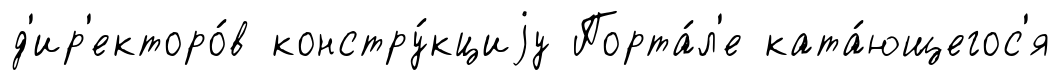
д'ир'екторо́в констру́кциjу Порта́л'е ката́ющегос'я